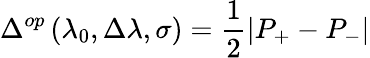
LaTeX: \Delta^{op}\left(\lambda_{0},\Delta\lambda,\sigma\right)=\frac{1}{2}\left|P_{+}-P_{-}\right|